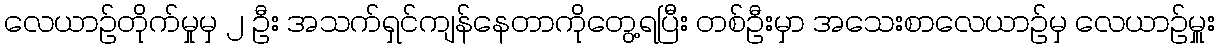
လေယာဉ်တိုက်မှုမှ ၂ ဦး အသက်ရှင်ကျန်နေတာကိုတွေ့ရပြီး တစ်ဦးမှာ အသေးစာလေယာဉ်မှ လေယာဉ်မှူး